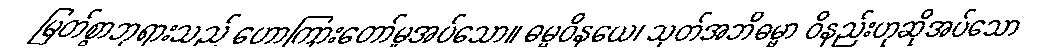
မြတ်စွာဘုရားသည် ဟောကြားတော်မူအပ်သော။ ဓမ္မဝိနယေ၊ သုတ်အဘိဓမ္မာ ဝိနည်းဟုဆိုအပ်သော